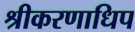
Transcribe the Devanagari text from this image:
श्रीकरणाधिप